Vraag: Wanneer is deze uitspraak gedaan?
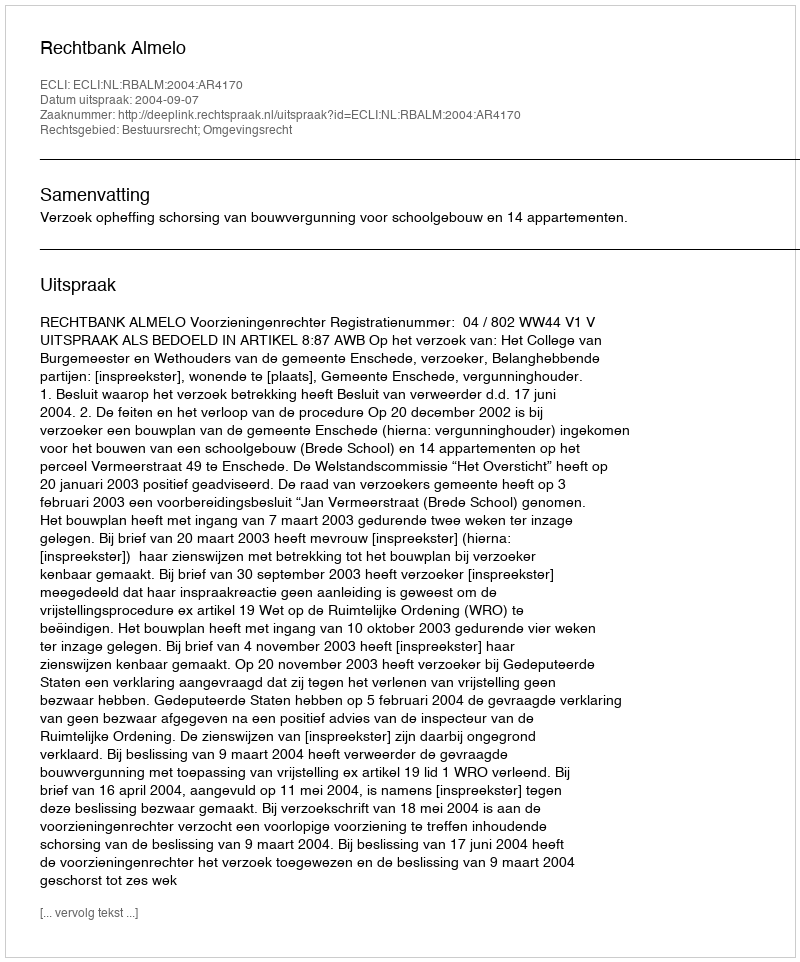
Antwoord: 2004-09-07